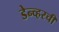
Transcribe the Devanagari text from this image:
डेन्व्हरची